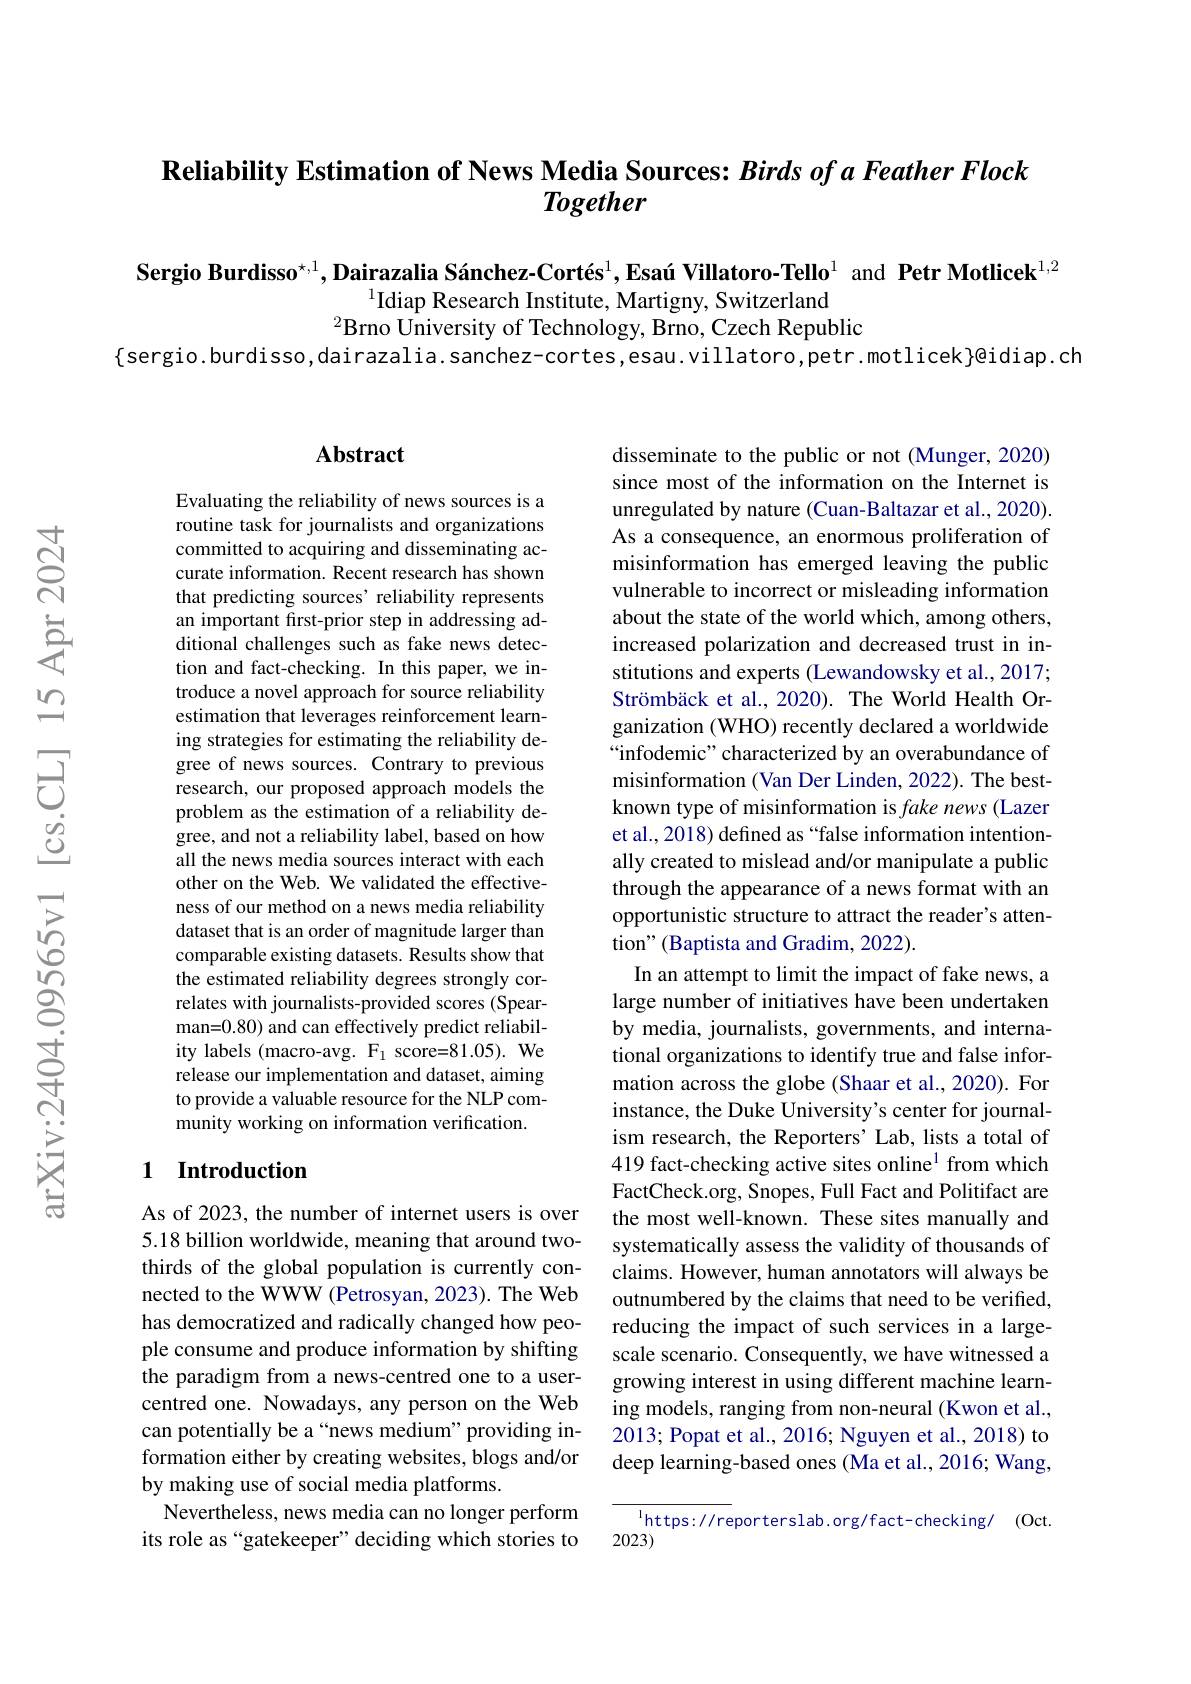
# Reliability Estimation of News Media Sources: Birds of a Feather Flock Together

Sergio Burdisso$^{\star,1}$,Dairazalia Sánchez-Cortés$^1,\text{EsaúVillatoro-Tello}^1$ and Petr Motlicek$^{1,2}$

$^{1}$Idiap Research Institute, Martigny, Switzerland
$^{2}$Brno University of Technology, Brno, Czech Republic
$\{$sergio.burdisso,dairazalia.sanchez-cortes,esau.villatoro,petr.motlicek}@idiap.ch

## $\mathbf{Abstract}$

Evaluating the reliability of news sources is a routine task for journalists and organizations committed to acquiring and disseminating accurate information. Recent research has shown that predicting sources' reliability represents an important first-prior step in addressing additional challenges such as fake news detection and fact-checking. In this paper, we introduce a novel approach for source reliability estimation that leverages reinforcement learning strategies for estimating the reliability degree of news sources. Contrary to previous research, our proposed approach models the problem as the estimation of a reliability degree, and not a reliability label, based on how all the news media sources interact with each other on the Web. We validated the effectiveness of our method on a news media reliability dataset that is an order of magnitude larger than comparable existing datasets. Results show that the estimated reliability degrees strongly correlates with journalists-provided scores (Spearman=0.80) and can effectively predict reliability labels (macro-avg. $\mathrm{F}_{1}$ score=81.05). We release our implementation and dataset, aiming to provide a valuable resource for the NLP community working on information verification.

## 1 Introduction

As of 2023, the number of internet users is over 5.18 billion worldwide, meaning that around twothirds of the global population is currently connected to the WWW (Petrosyan, 2023). The Web has democratized and radically changed how people consume and produce information by shifting the paradigm from a news-centred one to a usercentred one. Nowadays, any person on the Web can potentially be a“news medium”providing information either by creating websites, blogs and/or by making use of social media platforms.
Nevertheless, news media can no longer perform its role as“gatekeeper” deciding which stories to

disseminate to the public or not (Munger, 2020) since most of the information on the Internet is unregulated by nature (Cuan-Baltazar et al., 2020). As a consequence, an enormous proliferation of misinformation has emerged leaving the public vulnerable to incorrect or misleading information about the state of the world which, among others, increased polarization and decreased trust in institutions and experts (Lewandowsky et al., 2017; Strömbäck et al., 2020). The World Health Organization (WHO) recently declared a worldwide “infodemic" characterized by an overabundance of misinformation (Van Der Linden, 2022). The bestknown type of misinformation is fake news (Lazer et al., 2018) defined as “false information intentionally created to mislead and/or manipulate a public through the appearance of a news format with an opportunistic structure to attract the reader's attention" (Baptista and Gradim, 2022).
In an attempt to limit the impact of fake news, a large number of initiatives have been undertaken by media, journalists, governments, and international organizations to identify true and false information across the globe (Shaar et al., 2020). For instance, the Duke University's center for journalism research, the Reporters' Lab, lists a total of 419 fact-checking active sites online$^1$ from which FactCheck.org, Snopes, Full Fact and Politifact are the most well-known. These sites manually and systematically assess the validity of thousands of claims. However, human annotators will always be outnumbered by the claims that need to be verified, reducing the impact of such services in a largescale scenario. Consequently, we have witnessed a growing interest in using different machine learning models, ranging from non-neural (Kwon et al., 2013; Popat et al., 2016; Nguyen et al., 2018) to deep learning-based ones (Ma et al., 2016; Wang,
$^{\mathrm{l}}$https://reporterslab.org/fact-checking/ (Oct.

2023)